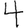
Digit: 4